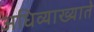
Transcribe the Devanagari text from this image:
अधिव्याख्याते